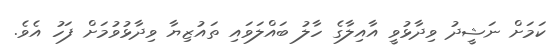
ކަމަށް ނަޝީދު ވިދާޅުވީ އާއިލާގެ ހާލު ބައްލަވައި ތައުޒިޔާ ވިދާޅުވުމަށް ފަހު އެވެ.